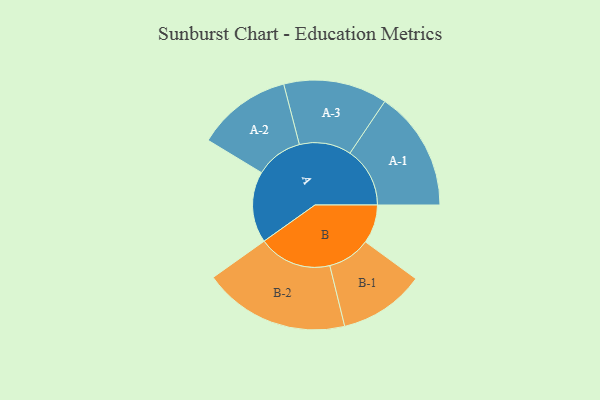
{"axis": {"x": "Segment", "y": "Value"}, "legend": ["", "A", "B"], "data": [{"x": "A", "y": 221, "type": ""}, {"x": "B", "y": 120, "type": ""}, {"x": "A-1", "y": 186, "type": "A"}, {"x": "A-2", "y": 147, "type": "A"}, {"x": "A-3", "y": 161, "type": "A"}, {"x": "B-1", "y": 133, "type": "B"}, {"x": "B-2", "y": 227, "type": "B"}]}